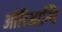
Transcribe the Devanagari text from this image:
ओरिआन्थि